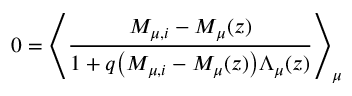
0 = \left\langle \frac { M _ { \mu , i } - M _ { \mu } ( z ) } { 1 + q \big ( M _ { \mu , i } - M _ { \mu } ( z ) \big ) \Lambda _ { \mu } ( z ) } \right\rangle _ { \mu }